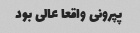
پپرونی واقعا عالی بود